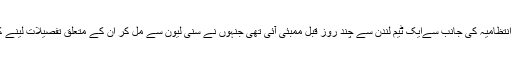
بھارتی میڈیا کے مطابق میوزیم انتظامیہ کی جانب سےایک ٹیم لندن سے چند روز قبل ممبئی آئی تھی جنہوں نے سنی لیون سے مل کر ان کے متعلق تفصیلات لینے کے ساتھ ان کی تصاویر بھی لیں۔